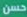
حسن